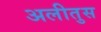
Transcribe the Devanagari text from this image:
अलीतुस